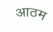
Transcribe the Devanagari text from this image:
आठम